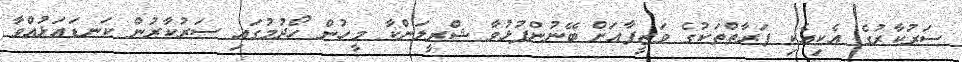
ސަރުކާރުގެ އެކިއެކި ފަރާތްތަކުގެ ވަޒީފާއަށް ބޭނުންފުޅުވާ ޝްރީލަންކާ މީހުން ހޯދުމުގައި ސަރުކާރުން ކަނޑައަޅުއްވާ